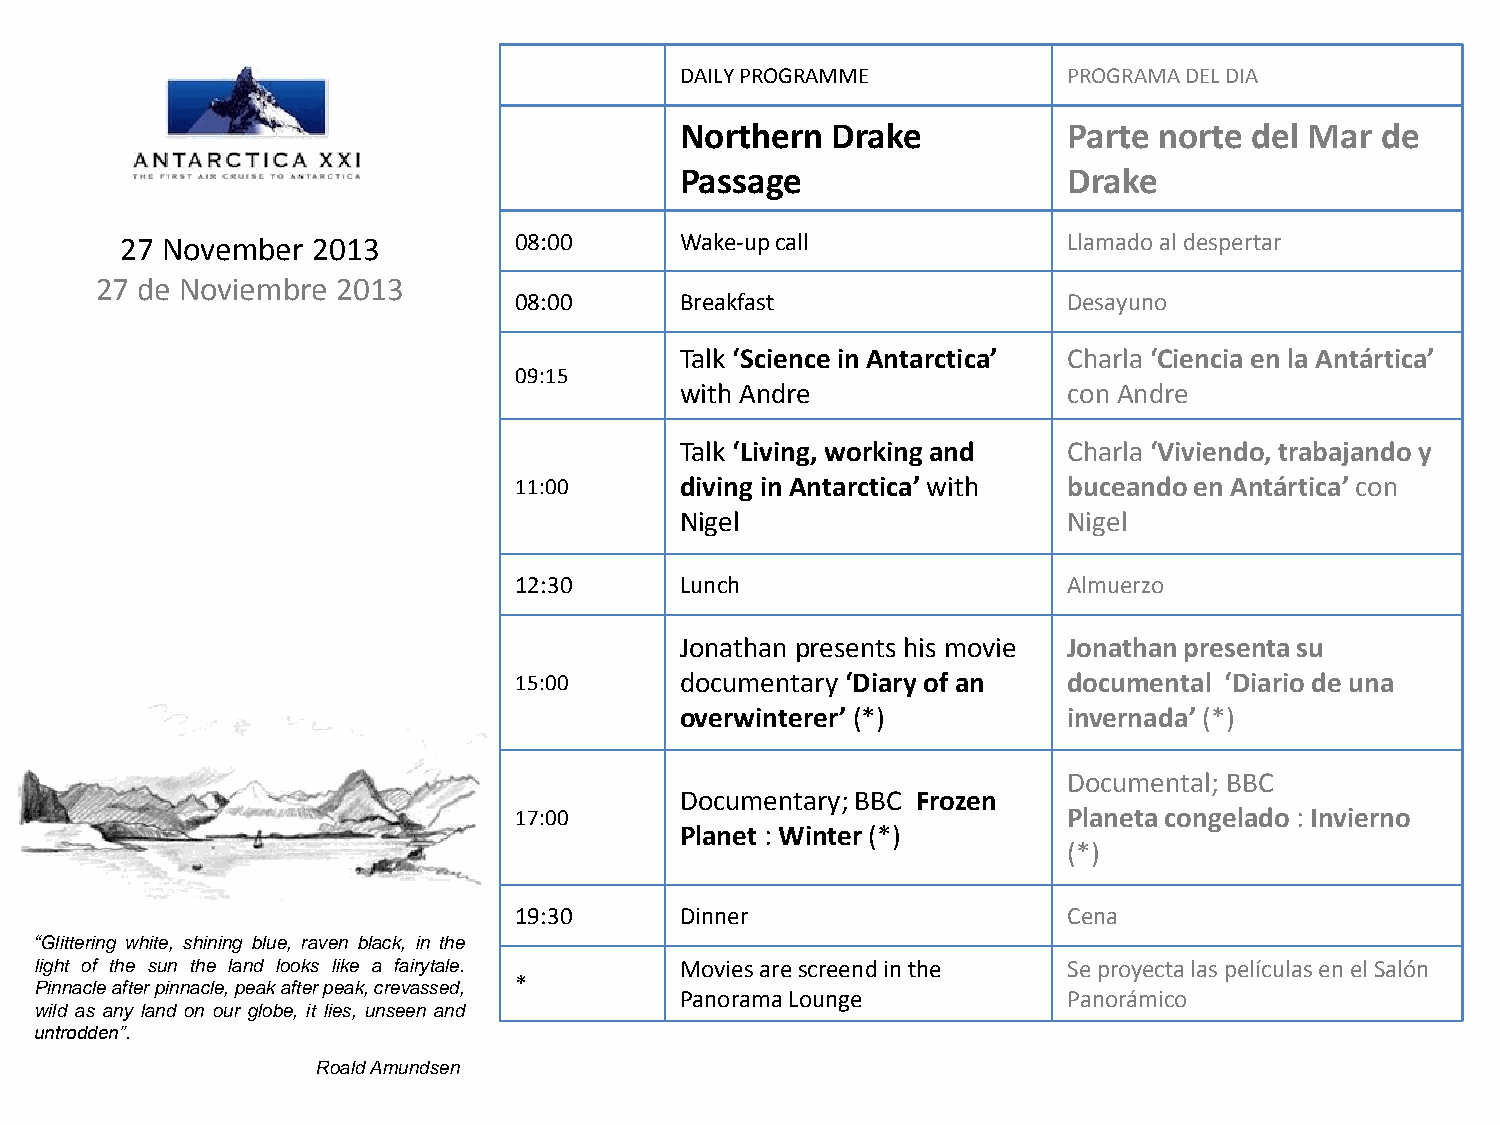
DAILY PROGRAMME           PROGRAMA DEL DIA
 Northern  Drake           Parte norte del Mar de
 Passage                   Drake
 27 November  2013         08:00      Wake-up call              Llamado al despertar
 27 de Noviembre 2013
 08:00      Breakfast                 Desayuno
 Talk ‘Science in Antarctica’ Charla ‘Ciencia en la Antártica’
 09:15
 with Andre                con Andre
 Talk ‘Living, working and Charla ‘Viviendo, trabajando y
 11:00      diving in Antarctica’ with buceando en Antártica’ con
 Nigel                     Nigel
 12:30      Lunch                     Almuerzo
 Jonathan presents his movie Jonathan presenta su
 15:00      documentary ‘Diary of an  documental ‘Diario de una
 overwinterer’ (*)         invernada’ (*)
 Documental; BBC
 Documentary; BBC Frozen
 17:00                                Planeta congelado : Invierno
 Planet : Winter (*)
 (*)
 19:30      Dinner                    Cena
 “Glittering white, shining blue, raven black, in the
 light of the sun the land looks like a fairytale. Movies are screend in the Se proyecta las películas en el Salón
 *
 Pinnacle after pinnacle, peak after peak, crevassed,
 Panorama Lounge           Panorámico
 wild as any land on our globe, it lies, unseen and
 untrodden”.
 Roald Amundsen